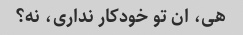
هی، ان تو خودکار نداری، نه؟